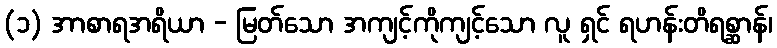
(၁) အာစာရအရိယာ - မြတ်သော အကျင့်ကိုကျင့်သော လူ ရှင် ရဟန်းတိရစ္ဆာန်၊